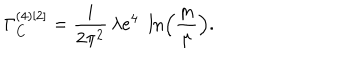
\Gamma _ { C } ^ { ( 4 ) [ 2 ] } = \frac { i } { 2 \pi ^ { 2 } } \, \lambda e ^ { 4 } \, \, \ln \Bigl ( \frac { m } { \mu } \Bigr ) .